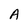
Character: A